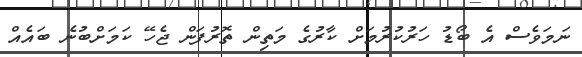
ނަމަވެސް އެ ބޯޑު ހަރުކުރުމަށް ކާރުގެ މަތިން ތޮރުފަން ޖެހޭ ކަމަށްބުނެ ބައެއް